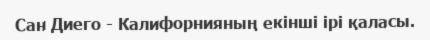
Сан Диего - Калифорнияның екінші ірі қаласы.